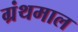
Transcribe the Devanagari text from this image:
ग्रंथमाल